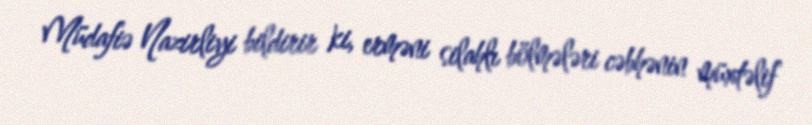
Müdafiə Nazirliyi bildirir ki, erməni silahlı bölmələri cəbhənin müxtəlif